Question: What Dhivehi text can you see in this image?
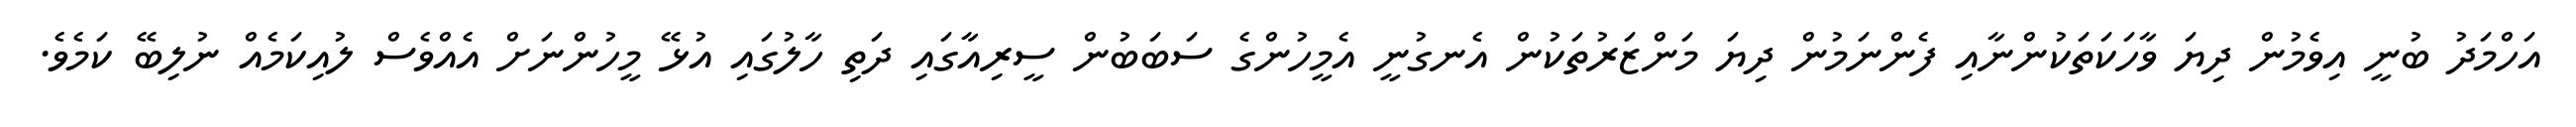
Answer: އަހްމަދު ބުނީ އިވެމުން ދިޔަ ވާހަކަތަކުންނާއި ފެންނަމުން ދިޔަ މަންޒަރުތަކުން އެނގުނީ އެމީހުންގެ ސަބަބުން ސީރިއާގައި ދަތި ހާލުގައި އުޅޭ މީހުންނަށް އެއްވެސް ލުއިކަމެއް ނުލިބޭ ކަމެވެ.